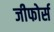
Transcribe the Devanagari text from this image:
जीफोर्स